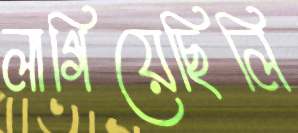
লাগিয়েছিলি